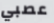
عصبي